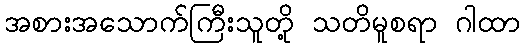
အစားအသောက်ကြီးသူတို့ သတိမူစရာ ဂါထာ